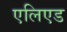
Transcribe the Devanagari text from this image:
एलिएड